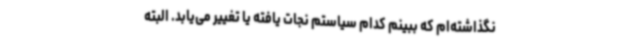
نگذاشته‌ام که ببینم کدام سیاستم نجات یافته یا تغییر می‌یابد. البته